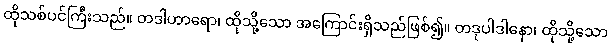
ထိုသစ်ပင်ကြီးသည်။ တဒါဟာရော၊ ထိုသို့သော အကြောင်းရှိသည်ဖြစ်၍။ တဒုပါဒါနော၊ ထိုသို့သော